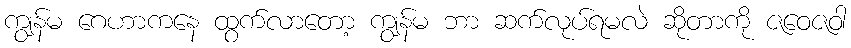
ကျွန်မ ဂေဟာကနေ ထွက်လာတော့ ကျွန်မ ဘာ ဆက်လုပ်ရမလဲ ဆိုတာကို ဇဝေဇဝါ